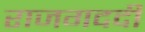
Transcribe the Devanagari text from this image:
राजगददी